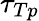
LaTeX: \tau_{Tp}